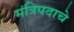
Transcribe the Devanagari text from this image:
मंत्रिपदाचे